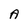
Character: A